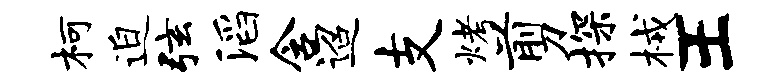
柯迫弦滔含迢支烤剪探械王